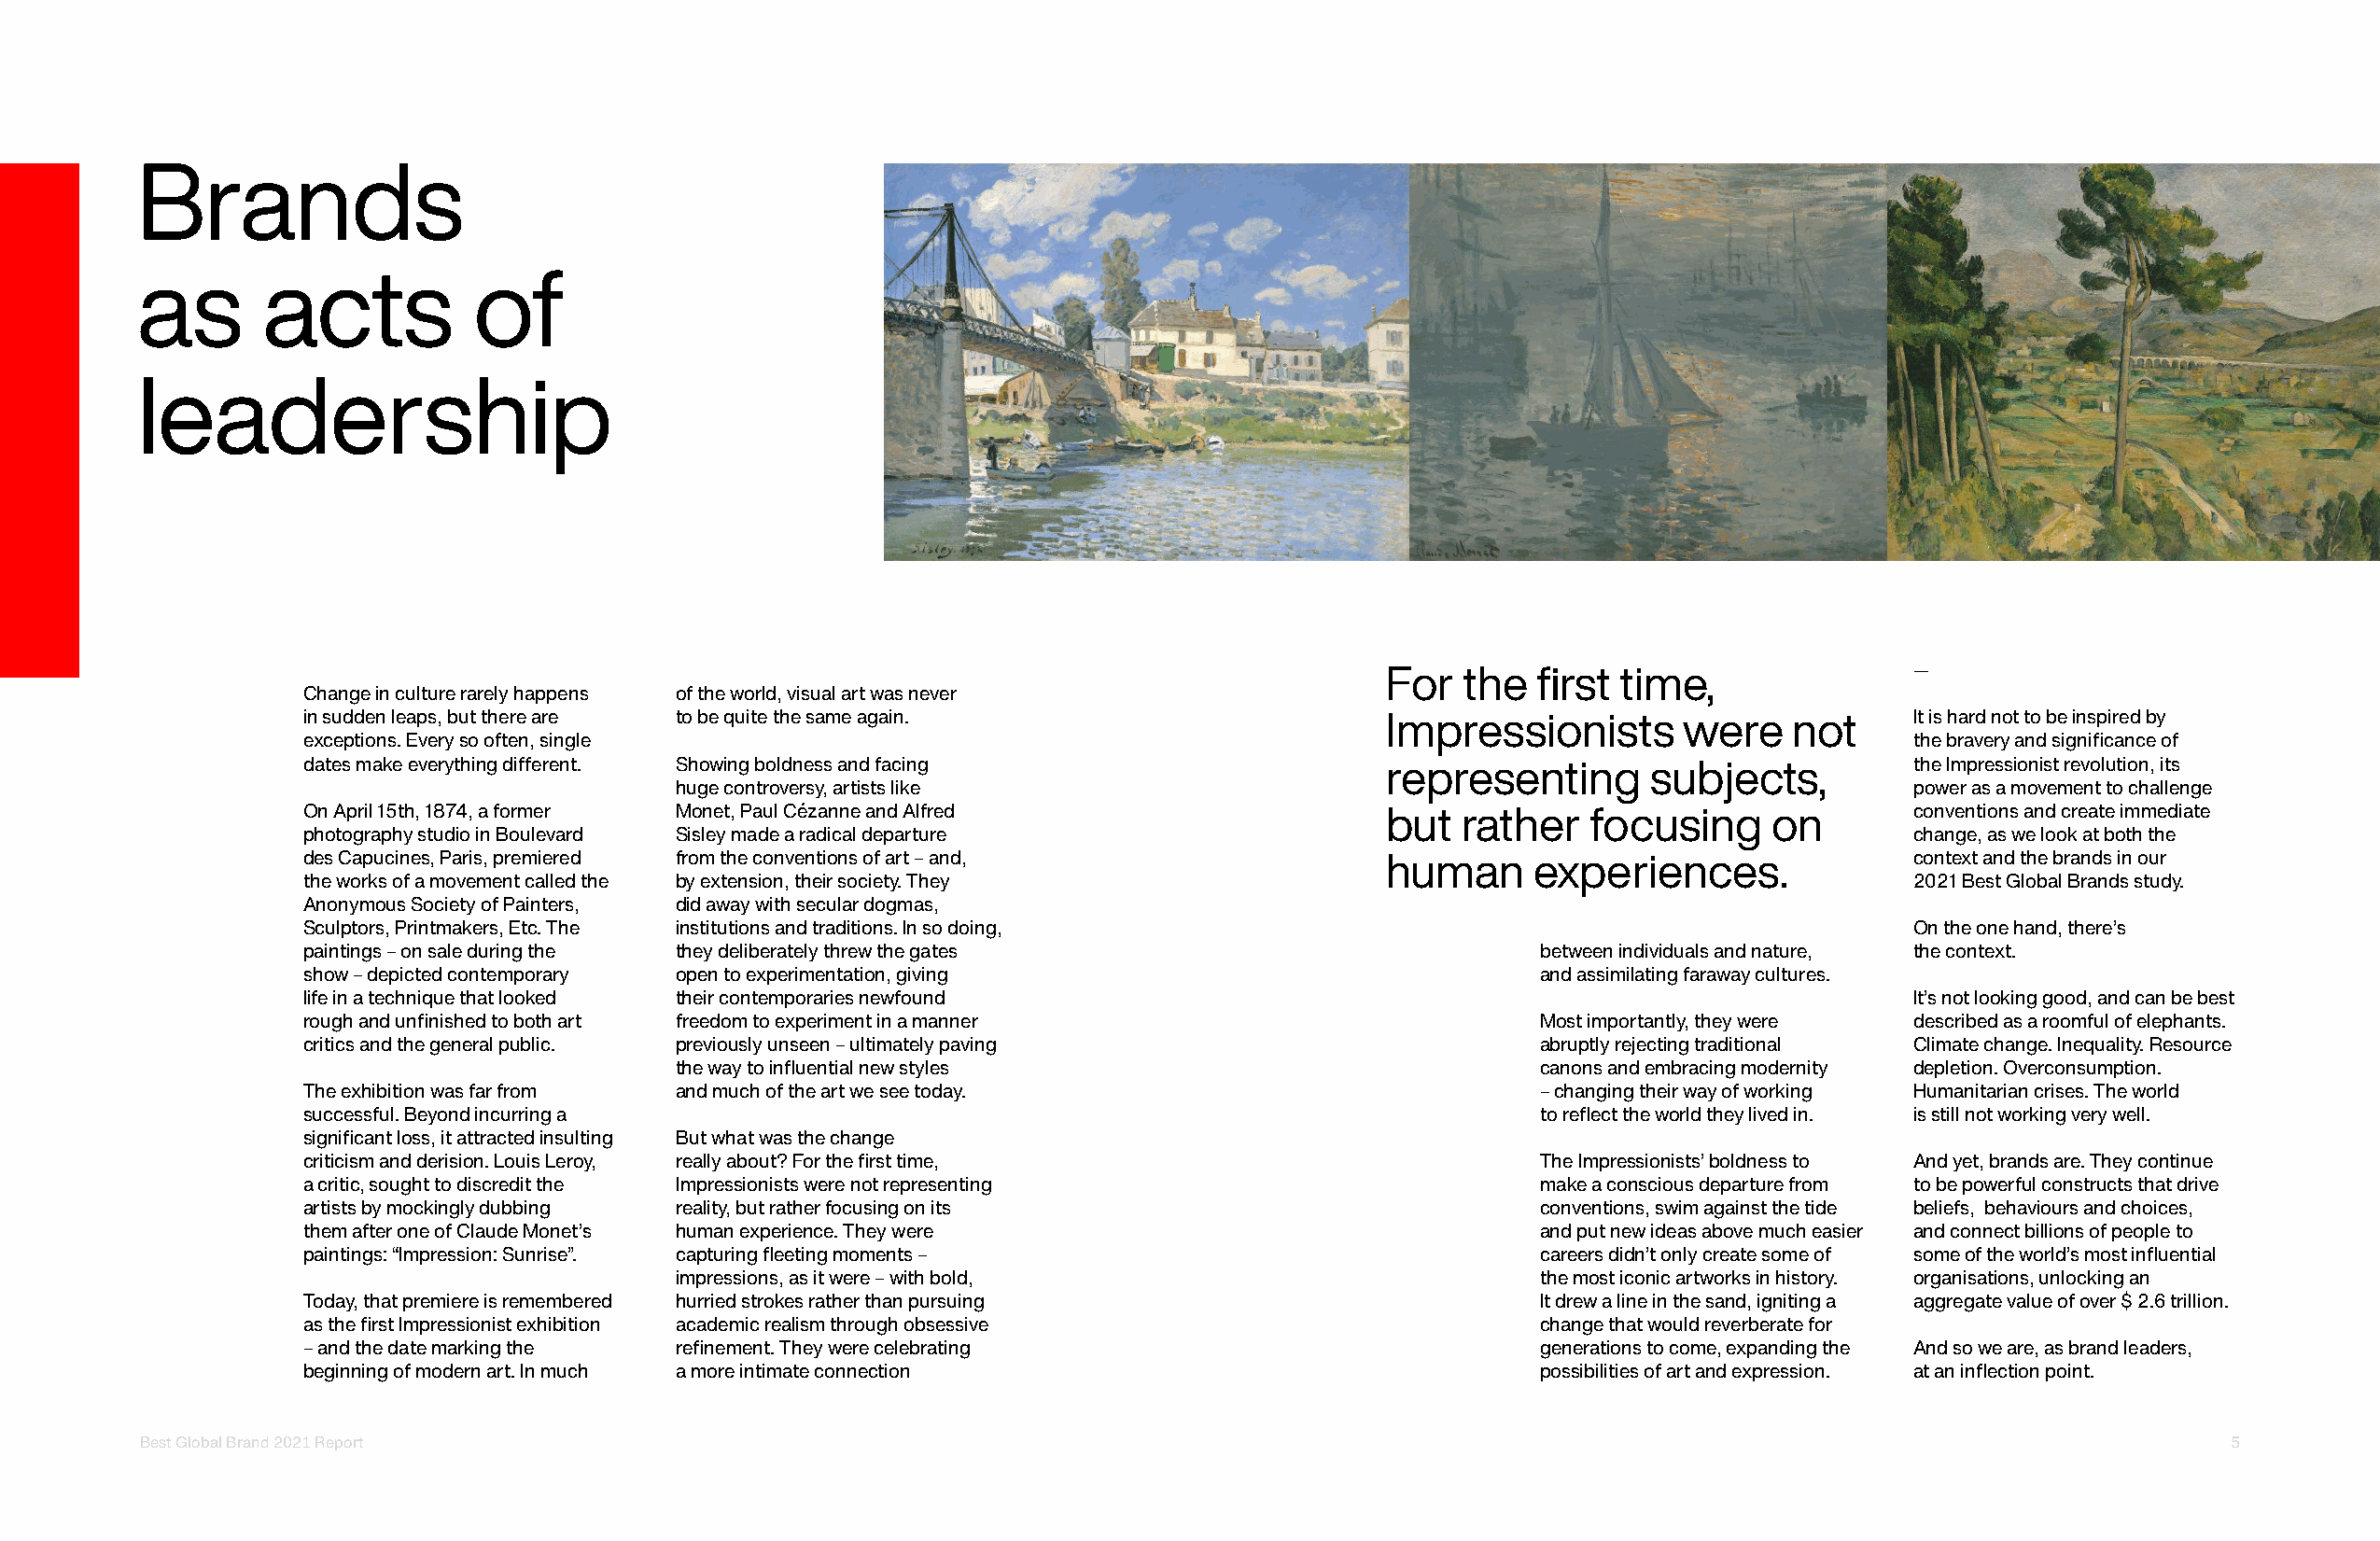
Brands
 as       acts           of
 leadership
 For   the  first time,                —
 Change in culture rarely happens of the world, visual art was never
 in sudden leaps, but there are to be quite the same again.                  Impressionists       were    not      It is hard not to be inspired by
 exceptions. Every so often, single                                                                                the bravery and significance of
 dates make everything different. Showing boldness and facing                representing       subjects,          the Impressionist revolution, its
 huge controversy, artists like                                                          power as a movement to challenge
 On April 15th, 1874, a former Monet, Paul Cézanne and Alfred                but   rather   focusing     on        conventions and create immediate
 photography studio in Boulevard Sisley made a radical departure                                                   change, as we look at both the
 des Capucines, Paris, premiered from the conventions of art – and,          human      experiences.               context and the brands in our
 the works of a movement called the by extension, their society. They                                              2021 Best Global Brands study.
 Anonymous Society of Painters, did away with secular dogmas,
 Sculptors, Printmakers, Etc. The institutions and traditions. In so doing,                                        On the one hand, there’s
 paintings – on sale during the they deliberately threw the gates                       between individuals and nature, the context.
 show – depicted contemporary open to experimentation, giving                           and assimilating faraway cultures.
 life in a technique that looked their contemporaries newfound                                                     It’s not looking good, and can be best
 rough and unfinished to both art freedom to experiment in a manner                     Most importantly, they were described as a roomful of elephants.
 critics and the general public. previously unseen – ultimately paving                  abruptly rejecting traditional Climate change. Inequality. Resource
 the way to influential new styles                            canons and embracing modernity depletion. Overconsumption.
 The exhibition was far from and much of the art we see today.                          – changing their way of working Humanitarian crises. The world
 successful. Beyond incurring a                                                         to reflect the world they lived in. is still not working very well.
 significant loss, it attracted insulting But what was the change
 criticism and derision. Louis Leroy, really about? For the first time,                 The Impressionists’ boldness to And yet, brands are. They continue
 a critic, sought to discredit the Impressionists were not representing                 make a conscious departure from to be powerful constructs that drive
 artists by mockingly dubbing reality, but rather focusing on its                       conventions, swim against the tide beliefs, behaviours and choices,
 them after one of Claude Monet’s human experience. They were                           and put new ideas above much easier and connect billions of people to
 paintings: “Impression: Sunrise”. capturing fleeting moments –                         careers didn’t only create some of some of the world’s most influential
 impressions, as it were – with bold,                         the most iconic artworks in history. organisations, unlocking an
 Today, that premiere is remembered hurried strokes rather than pursuing                It drew a line in the sand, igniting a aggregate value of over $ 2.6 trillion.
 as the first Impressionist exhibition academic realism through obsessive               change that would reverberate for
 – and the date marking the refinement. They were celebrating                           generations to come, expanding the And so we are, as brand leaders,
 beginning of modern art. In much a more intimate connection                            possibilities of art and expression. at an inflection point.
 Best Global Brand 2021 Report                                                                                                                       5